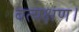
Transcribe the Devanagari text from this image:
बत्यक्षण।